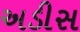
અડીસ